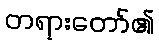
တရားတော်၏